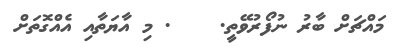
މައްޗަށް ބާރު ނުފޯރުވޭތީ.    . މި އާޔަތާއި އެއްގޮތަށް